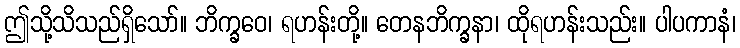
ဤသို့သိသည်ရှိသော်။ ဘိက္ခဝေ၊ ရဟန်းတို့။ တေနဘိက္ခနာ၊ ထိုရဟန်းသည်း။ ပါပကာနံ၊